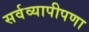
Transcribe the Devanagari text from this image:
सर्वव्यापीपणा